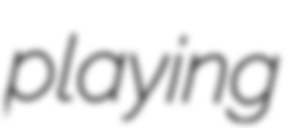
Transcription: playing